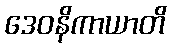
ဒေဝနိကာယာတိ